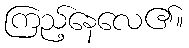
ကြည့်နေလေ၏။